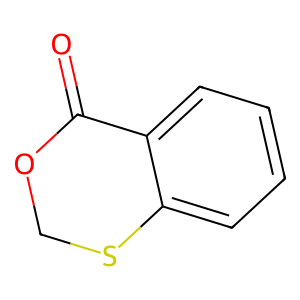
SMILES: O=C1OCSc2ccccc21
Inhibits HIV replication: No